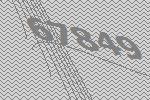
67849